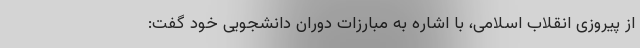
از پیروزی انقلاب اسلامی، با اشاره به مبارزات دوران دانشجویی خود گفت: